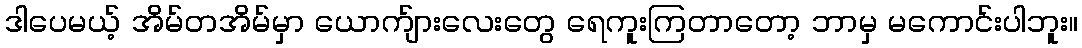
ဒါပေမယ့် အိမ်တအိမ်မှာ ယောက်ျားလေးတွေ ရေကူးကြတာတော့ ဘာမှ မကောင်းပါဘူး။